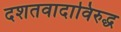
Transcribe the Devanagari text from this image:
दशतवादाविरुद्ध